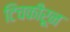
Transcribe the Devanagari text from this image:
टिचकीरून